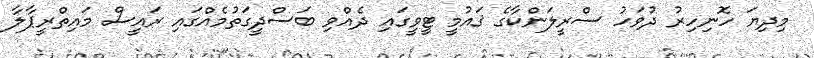
މިދިޔަ ހޮނިހިރު ދުވަހު ސްރީލަންކާގެ ޤައުމީ ޓީވީގައި ދެއްވި ބަސްދީގަތުމެއްގައި ރައީސް މައިތްރީޕާލާ